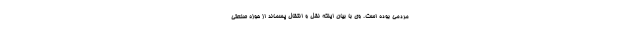
مردمی بوده است. وی با بیان اینکه نقل و انتقال پسماند از حوزه صنعتی